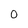
Character: 0